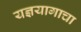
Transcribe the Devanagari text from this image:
यज्ञयागाचा